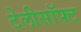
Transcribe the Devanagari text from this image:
टेलीसॉफ्ट